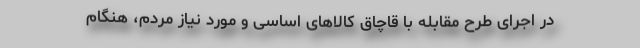
در اجرای طرح مقابله با قاچاق کالاهای اساسی و مورد نیاز مردم، هنگام